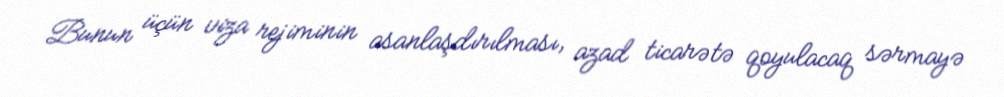
Bunun üçün viza rejiminin asanlaşdırılması, azad ticarətə qoyulacaq sərmayə